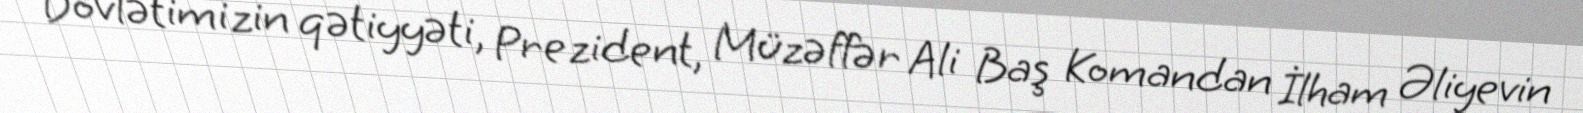
“Dövlətimizin qətiyyəti, Prezident, Müzəffər Ali Baş Komandan İlham Əliyevin